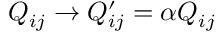
Q _ { i j } \rightarrow Q _ { i j } ^ { \prime } = \alpha Q _ { i j }